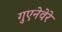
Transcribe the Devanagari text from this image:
गुएनेवेरे